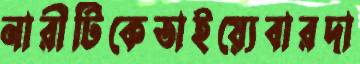
নারীটিকেতাইয়্যেবারদা